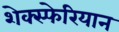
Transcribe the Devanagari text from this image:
शेक्स्फेरियान